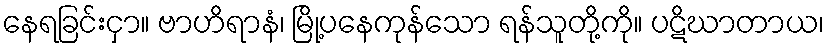
နေရခြင်းငှာ။ ဗာဟိရာနံ၊ မြို့ပနေကုန်သော ရန်သူတို့ကို။ ပဋိဃာတာယ၊